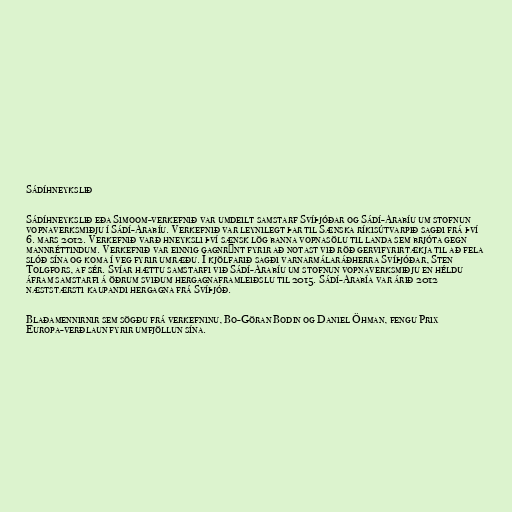
Sádíhneykslið

Sádíhneykslið eða Simoom-verkefnið var umdeilt samstarf Svíþjóðar og Sádí-Arabíu um stofnun
vopnaverksmiðju í Sádí-Arabíu. Verkefnið var leynilegt þar til Sænska ríkisútvarpið sagði frá því
6. mars 2012. Verkefnið varð hneyksli því sænsk lög banna vopnasölu til landa sem brjóta gegn
mannréttindum. Verkefnið var einnig gagnrýnt fyrir að notast við röð gervifyrirtækja til að fela
slóð sína og koma í veg fyrir umræðu. Í kjölfarið sagði varnarmálaráðherra Svíþjóðar, Sten
Tolgfors, af sér. Svíar hættu samstarfi við Sádí-Arabíu um stofnun vopnaverksmiðju en héldu
áfram samstarfi á öðrum sviðum hergagnaframleiðslu til 2015. Sádí-Arabía var árið 2012
næststærsti kaupandi hergagna frá Svíþjóð.

Blaðamennirnir sem sögðu frá verkefninu, Bo-Göran Bodin og Daniel Öhman, fengu Prix
Europa-verðlaun fyrir umfjöllun sína.